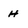
Character: H